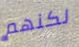
لكنهم